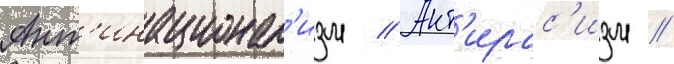
Ант'инационал'изм // Ант'ирас'изм //